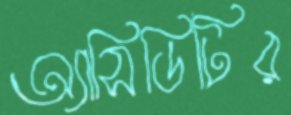
অ্যাসিডিটির